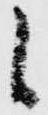
候